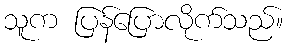
သူက ပြန်ပြောလိုက်သည်။